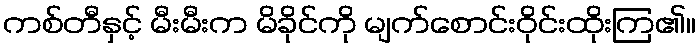
ကစ်တီနှင့် မီးမီးက မိခိုင်ကို မျက်စောင်းဝိုင်းထိုးကြ၏။